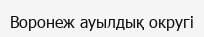
Воронеж ауылдық округі